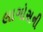
લાગોસની